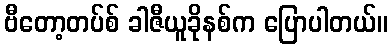
ဗီတော့တပ်စ် ခါဇီယူခိုနစ်က ပြောပါတယ်။